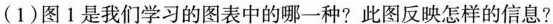
(1)图1是我们学习的图表中的哪一种?此图反映怎样的信息?